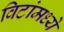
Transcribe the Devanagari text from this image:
विटांमध्ये